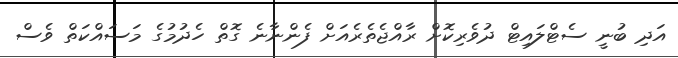
އަދި ބުނީ ސެޓްލައިޓް ދުވެރިކޮށް ރާއްޖެތެރެއަށް ފެންނާނެ ގޮތް ހެދުމުގެ މަސައްކަތް ވެސް